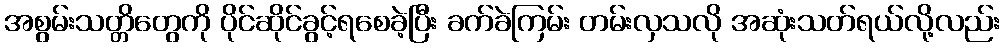
အစွမ်းသတ္တိတွေကို ပိုင်ဆိုင်ခွင့်ရစေခဲ့ပြီး ခက်ခဲကြမ်း တမ်းလှသလို အဆုံးသတ်ရယ်လို့လည်း